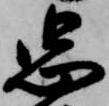
忠